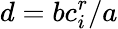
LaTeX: d=bc_{i}^{r}/a